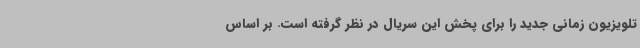
تلویزیون زمانی جدید را برای پخش این سریال در نظر گرفته است. بر اساس